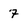
Character: 7